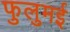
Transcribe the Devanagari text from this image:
फुलुमई